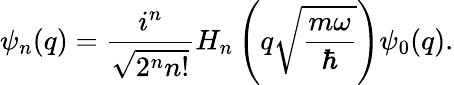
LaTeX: \psi_{n}(q)=\frac{i^{n}}{\sqrt{2^{n}n!}}H_{n}\left(q\sqrt{\frac{m\omega}{\hbar}}\right)\psi_{0}(q).